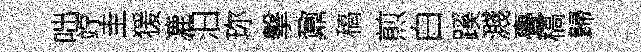
咄竚圭猨漉汩珎擊鼐稿煎白蹊濺亹槁歸